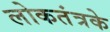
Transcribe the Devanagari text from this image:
लोकतंत्रके